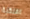
الفلكية